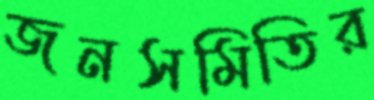
জনসমিতির